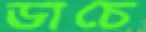
ডাচে